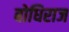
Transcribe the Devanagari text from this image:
बोधिराज